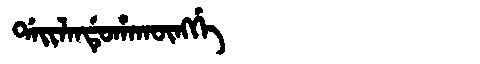
Manchu: ᡩᠠᡳᠯᠠᠨᡩᡠᡥᠠᡴᡡᠩᡤᡝ
Romanization: DAILANDUHAKŪNGGE